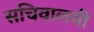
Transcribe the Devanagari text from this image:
सचिवालयी